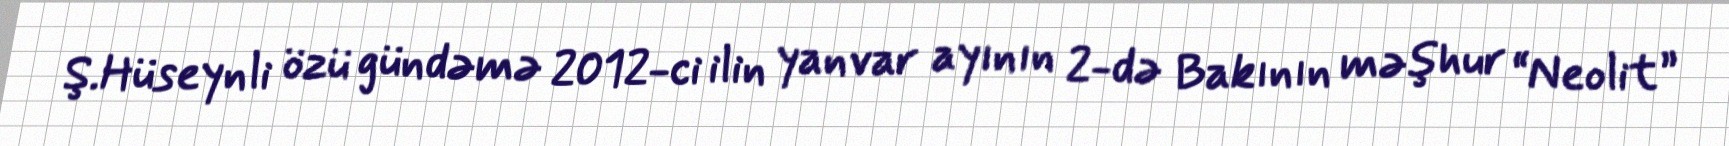
Ş.Hüseynli özü gündəmə 2012-ci ilin yanvar ayının 2-də Bakının məşhur “Neolit”